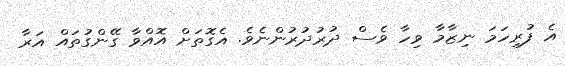
އެ ފުރިހަމަ ނިޒާމާ ވިހާ ވެސް ދުރުދުރުންނެވެ. އެގޮތަށް އޮއްވާ ގޭންގުތައް އަރާ